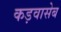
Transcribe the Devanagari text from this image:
कड़वासेब